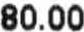
80.00